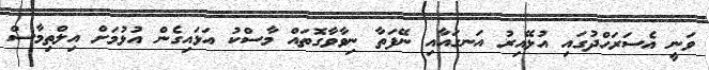
ވަނީ އެސަރަހްދުގައި އުޅޭއިރު އަނގައާއި ނޭފަތާ ނިވާވާގޮތައް މާސްކު އަޅައިގެން އުޅުމަށް އިލްތިމާސް